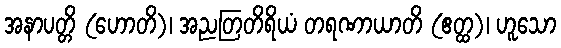
အနာပတ္တိ (ဟောတိ)၊ အညတြတိရိယံ တရဏာယာတိ (ဧတ္ထ)၊ ဟူသော